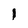
Character: 1